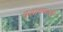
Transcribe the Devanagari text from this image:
वृद्धाश्रमांची